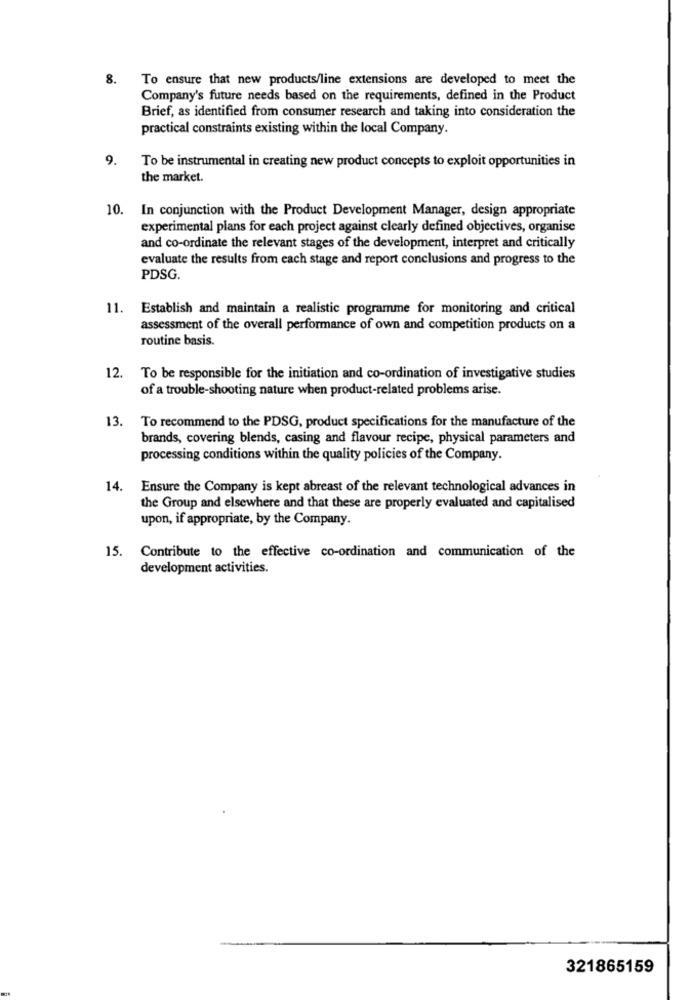
8. To ensure that new products/line extensions are developed to meet the
Company's future needs based on the requirements, defined in the Product
Brief, as identified from consumer research and taking into consideration the
practical constraints existing within the local Company.
9.
To be instrumental in creating new product concepts to exploit opportunities in
the market.
10. In conjunction with the Product Development Manager, design appropriate
experimental plans for each project against clearly defined objectives, organise
and co-ordinate the relevant stages of the development, interpret and critically
evaluate the results from each stage and report conclusions and progress to the
PDSG.
11. Establish and maintain a realistic programme for monitoring and critical
assessment of the overall performance of own and competition products on a
routine basis.
12.
To be responsible for the initiation and co-ordination of investigative studies
of a trouble-shooting nature when product-related problems arise.
13. To recommend to the PDSG, product specifications for the manufacture of the
brands, covering blends, casing and flavour recipe, physical parameters and
processing conditions within the quality policies of the Company.
14.
Ensure the Company is kept abreast of the relevant technological advances in
the Group and elsewhere and that these are properly evaluated and capitalised
upon, if appropriate, by the Company.
15. Contribute to the effective co-ordination and communication of the
development activities.
321865159